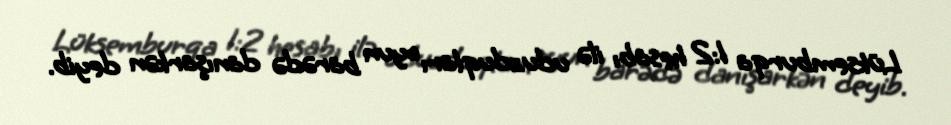
Lüksemburqa 1:2 hesabı ilə uduzduqları oyun barədə danışarkən deyib.